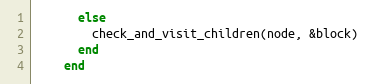
Language: Ruby
      else
        check_and_visit_children(node, &block)
      end
    end